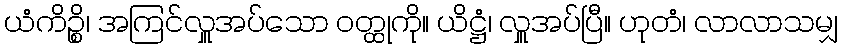
ယံကိဉ္စိ၊ အကြင်လှူအပ်သော ဝတ္ထုကို။ ယိဋ္ဌံ၊ လှူအပ်ပြီ။ ဟုတံ၊ လာလာသမျှ